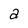
Character: a